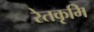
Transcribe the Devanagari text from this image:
रेतकृमि